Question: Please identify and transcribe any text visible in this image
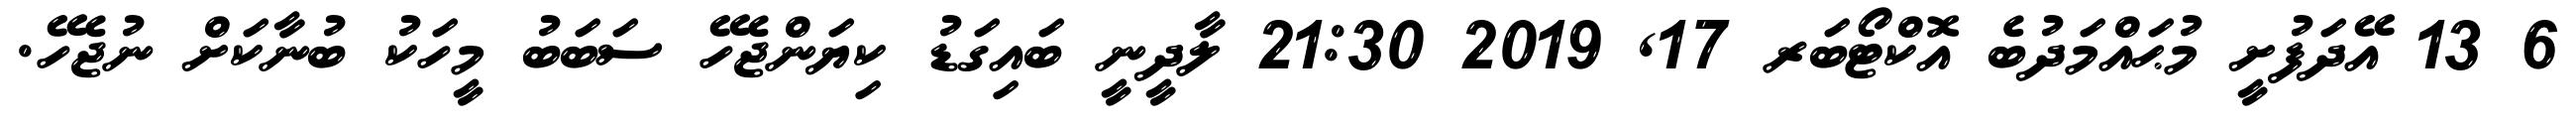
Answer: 6 13 އޭދަފުށީ މުޙައްމަދުބެ އޮކްޓޯބަރ 17, 2019 21:30 ލާދީނީ ބައިގަޑު ކިޔަންޖެހޭ ސަބަބު މީހަކު ބުނާކަށް ނުޖެހޭ.